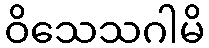
ဝိသေသဂါမိ